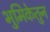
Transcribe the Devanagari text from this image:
भुमिकेतुन